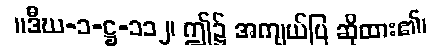
။ဒီဃ-၁-ဋ္ဌ-၁၁၂၊ ဤ၌ အကျယ်ပြ ဆိုထား၏၊